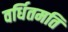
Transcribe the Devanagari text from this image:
वर्धितमति